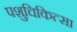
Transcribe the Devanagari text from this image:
पशुचिकित्‍सा